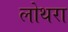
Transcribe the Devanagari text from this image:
लोथरा